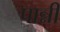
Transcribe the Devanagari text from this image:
पान्नी